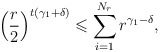
\begin{align*}\left( \frac{r}{2} \right) ^{t ( \gamma _1 + \delta)} \leqslant \sum _{i=1} ^{N _r} r ^{\gamma _1 - \delta} ,\end{align*}